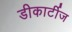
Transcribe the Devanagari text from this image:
डीकार्टीज